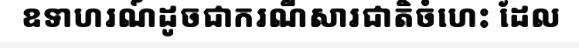
ឧទាហរណ៍ដូចជាករណីសារជាតិចំហេះ ដែល